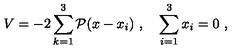
V = - 2 \sum _ { k = 1 } ^ { 3 } { \cal P } ( x - x _ { i } ) \ , \quad \sum _ { i = 1 } ^ { 3 } x _ { i } = 0 \ ,